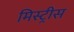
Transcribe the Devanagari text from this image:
मिस्ट्रीस